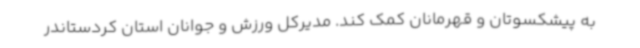
به پیشکسوتان و قهرمانان کمک کند. مدیرکل ورزش و جوانان استان کردستاندر